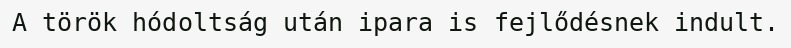
A török hódoltság után ipara is fejlődésnek indult.